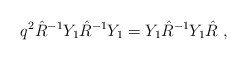
\begin{align*}q^{2} \hat{R}^{-1} Y_{1} \hat{R}^{-1} Y_{1} = Y_{1} \hat{R}^{-1} Y_{1} \hat{R}\;,\end{align*}